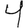
Digit: 4